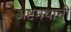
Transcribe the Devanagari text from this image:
अष्टमथानी